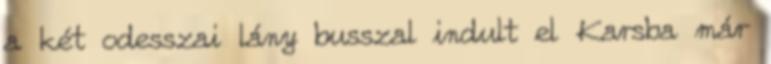
a két odesszai lány busszal indult el Karsba már